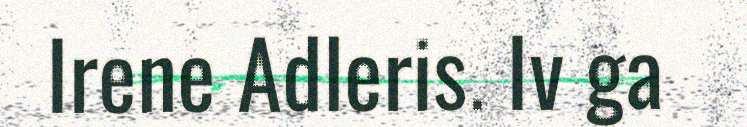
Irene Adleris. Iv ga